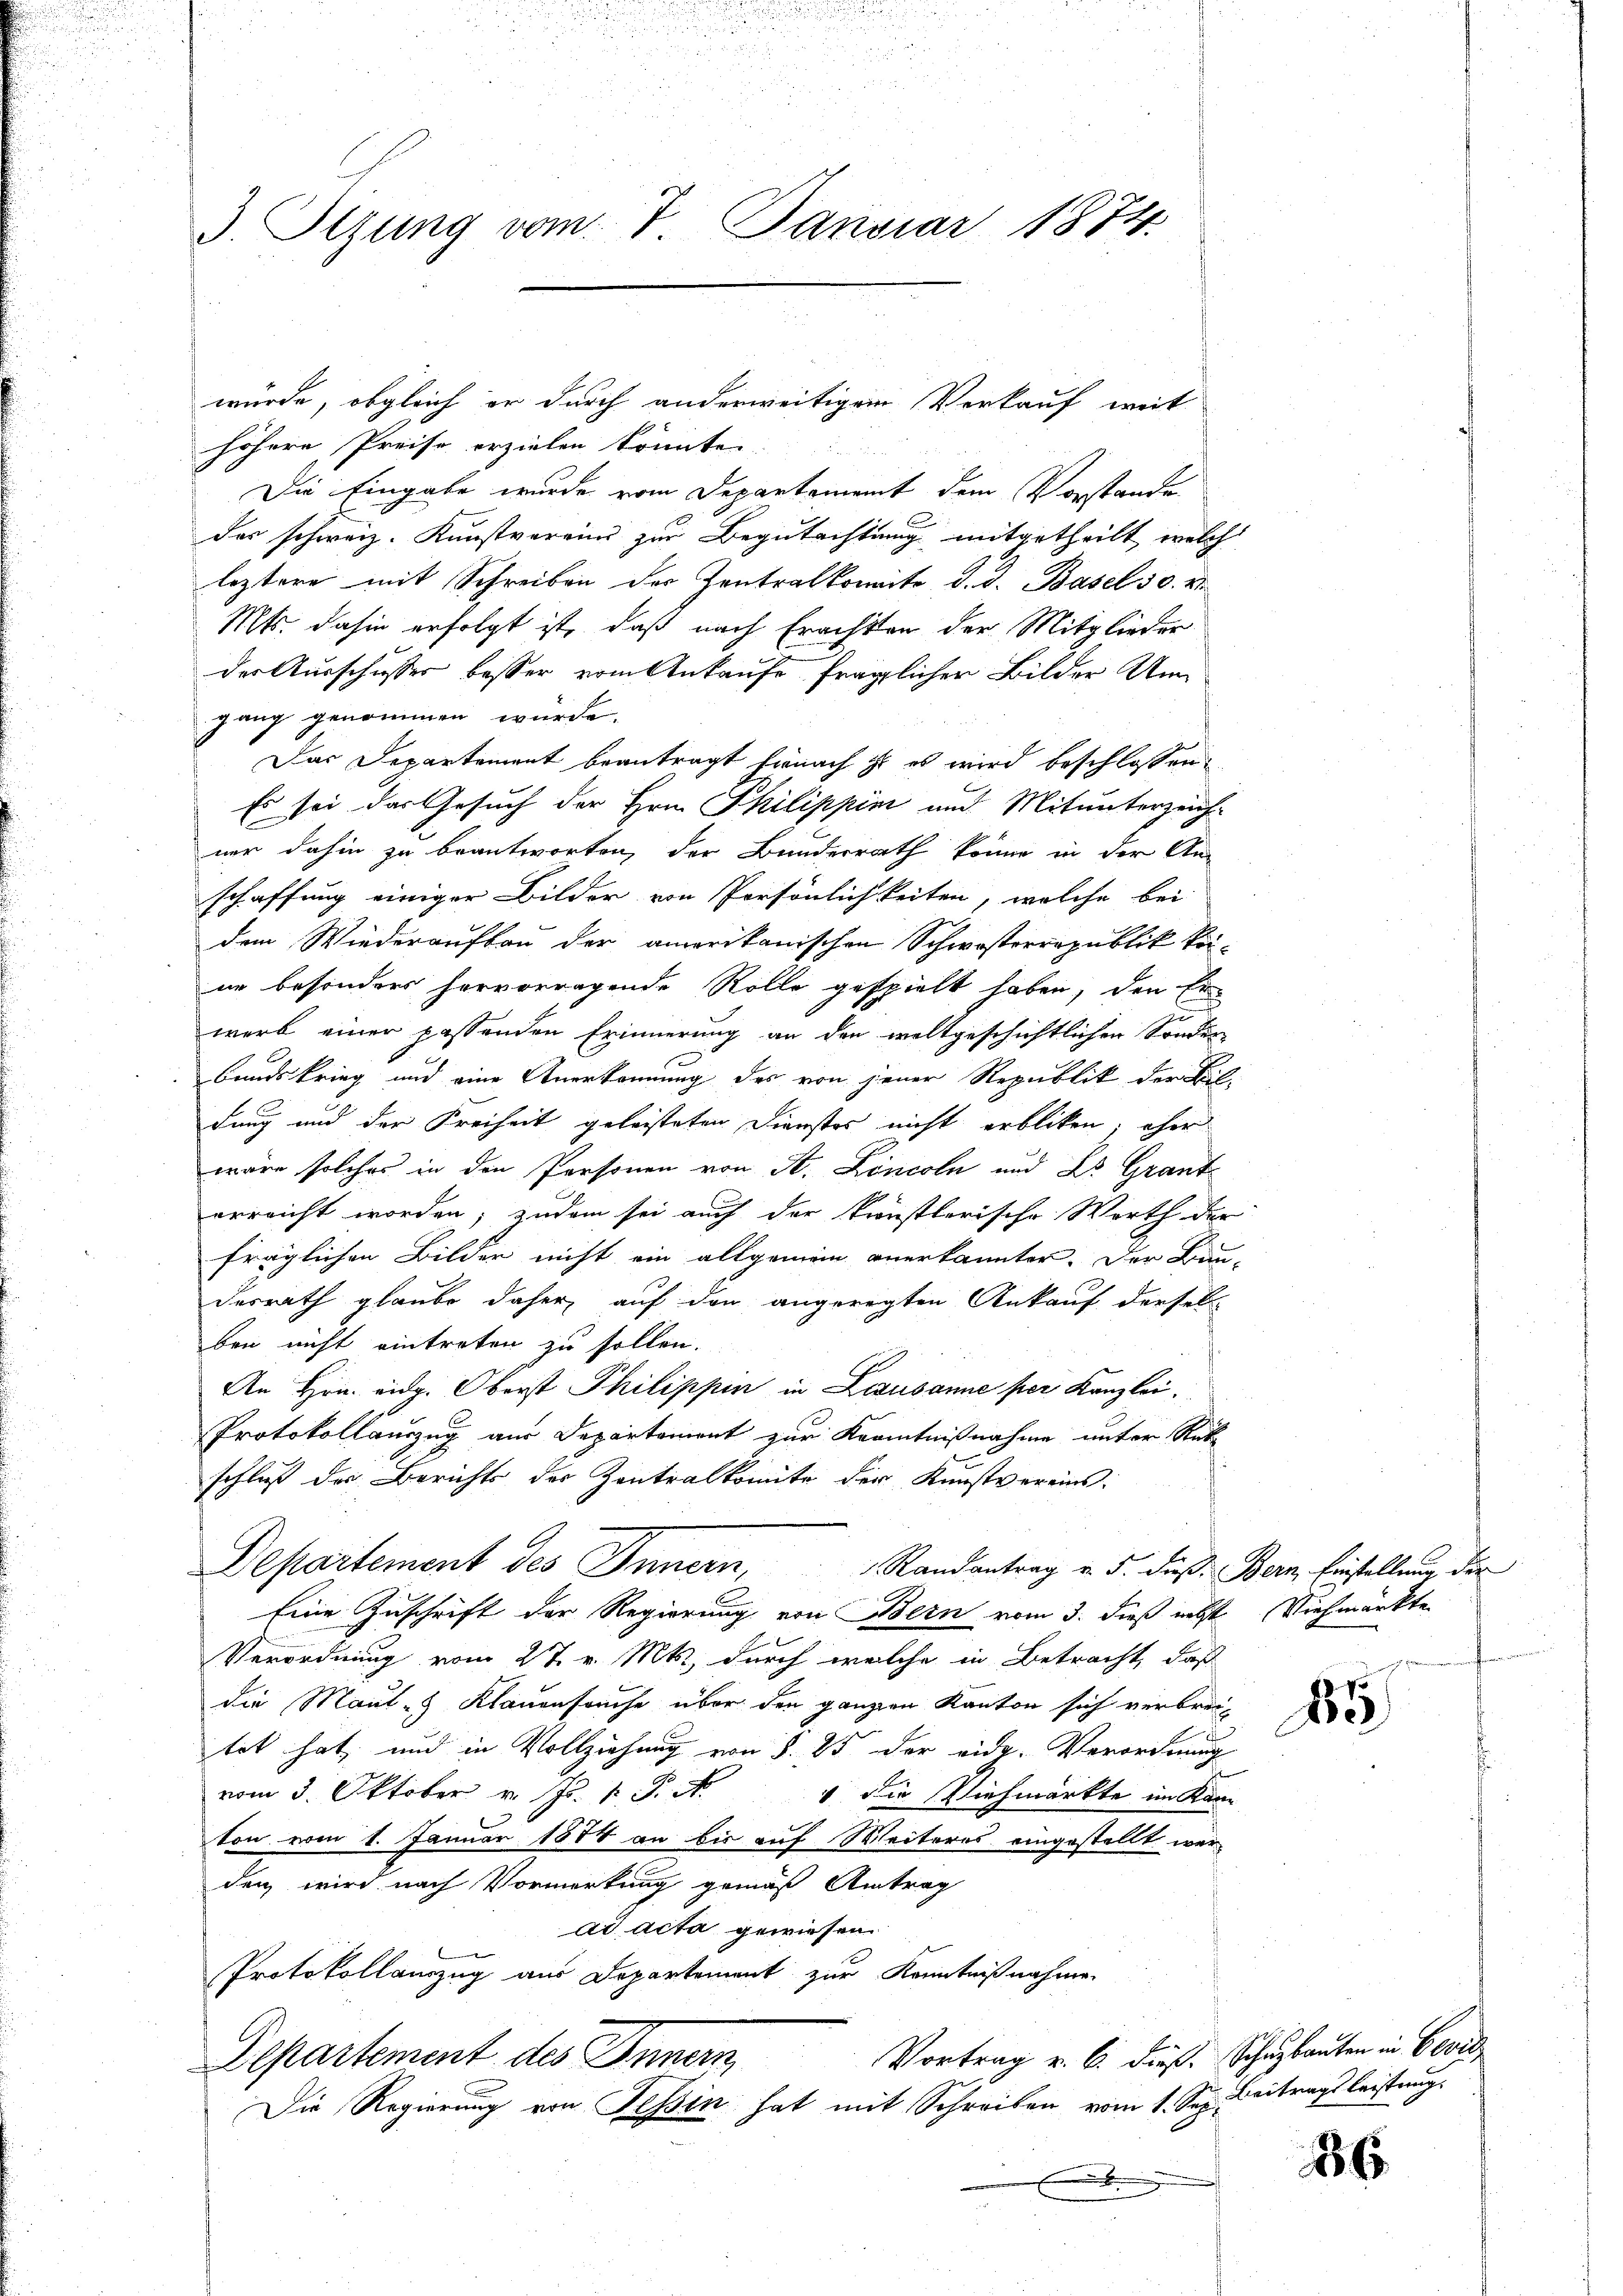
3. Tizung vom 7. Januar 1874.

würde, obgleich er durch anderweitigem Verkauf weit
höhere Preise erzielen könnte.
Die Eingabe wurde vom Departement dem Vorstande
das schweiz. Kunstvereins zur Begutachtung mitgetheilt, welch
leztere mit Schreiben der Zentralkomite d. d. Basel 50. rt
Mts. dahin erfolgt ist, daß nach Erachten der Mitglieder
der Ausschusser besser vom Ankaufe fraglichen Bilder Um
gang genommen würde.
Das Departement beantragt finach ist es wird beschlossen,
Es sei das Gesuch der Hrn. Philippin und Mitunterzeich-
ner dahin zu beantworten, der Bundesrath könne in der An-
schaffung einiger Bilder von Persönlichkeiten, welche bei
dem Wiederaufbau der amerikanischen Schwisterrepublik keinn besonders hervorragende Rolle gespielt haben, den Er
werb einer passenden Erinnerung an den weltgeschichtlichen Sonder-
bandskrieg und eine Anerkennung des von jener Republik der Bil-
dung und der Freiheit geleisteten Dienstes nicht erblicken, ohne
wäre solches in den Personen von St. Lincoln und Dr. Grant
erreicht worden; zudem sei auch der krönstlerische Worth der
fraglichen Bilder nicht ein allgemein anerkannter. Der Bau-
desrath glaube daher auf den angeregten Ankauf derselben nicht eintreten zu sollen.
An Hrn. eidg. Oberst Philippen in Lezusanne per Kanzlei.
Protokollauszug aus Departement zur Kenntnißnahme unter Rüke
schluß der Berichts der Zentralkomite der Kunstvereins
Departement des Innern, Randantrag v. 5. dieß. Bern Einstellung der
Eine Zuschrift der Regierung von Bern vom 3. dieß nebst Viehmarkte
Verordnung vom 27. v. Mts., durch welche in Betracht, daß
die Maul- Klauenseuche über den ganzen Kanton sich verbreitet hat und in Vollziehung von § 85 der eidg. Verordnung
vom 3. Oktober v. J. P. Nr. 4 die Viehmarkte im Kan-
ton vom 1. Januar 1874 an bis auf Weiteres eingestellt wer
den wird nach Vormerkung gemäß Antrag
ad acta gewiesen.
Protokollauszug aus Departement zur Kenntnißnahme
Vortrag v. 6. dieß. Schuzbauten in Bevid
Departement des Innern,
Die Regierung von Tessin hat mit Schreiben vom 1. Sep. Beitragsleistung

85

86.